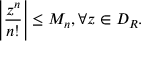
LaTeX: \left| { \frac { z ^ { n } } { n ! } } \right| \leq M _ { n } , \forall z \in D _ { R } .